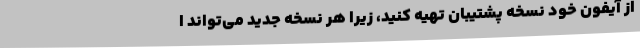
از آیفون خود نسخه پشتیبان تهیه کنید، زیرا هر نسخه جدید می‌تواند ا